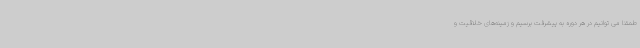
طمئناً می توانیم در هر دوره به پیشرفت برسیم و زمینه‌های خلاقیت و